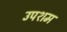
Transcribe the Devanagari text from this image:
उपशम